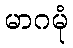
မာဂမုံ